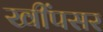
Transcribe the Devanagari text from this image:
खींपसर